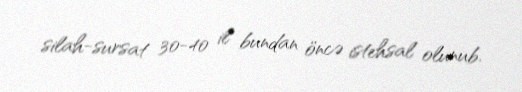
silah-sursat 30-40 il bundan öncə istehsal olunub.